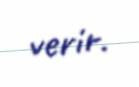
verir.